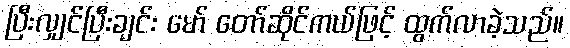
ပြီးလျှင်ပြီးချင်း မော် တော်ဆိုင်ကယ်ဖြင့် ထွက်လာခဲ့သည်။